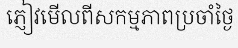
ភ្ញៀវមើលពីសកម្មភាពប្រចាំថ្ងៃ